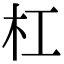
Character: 杠